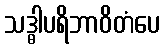
သဒ္ဓါပရိဘာဝိတံပေ